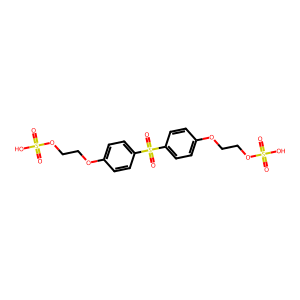
SMILES: O=S(=O)(O)OCCOc1ccc(S(=O)(=O)c2ccc(OCCOS(=O)(=O)O)cc2)cc1
Inhibits HIV replication: No